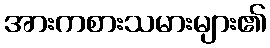
အားကစားသမားများ၏